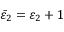
\bar { \varepsilon } _ { 2 } = \varepsilon _ { 2 } + 1